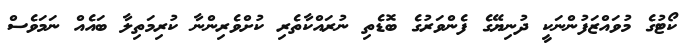
ކޯޓުގެ މުވައްޒަފުންނަކީ ދުނިޔޭގެ ފެންވަރުގެ ބޮޑެތި ނުރައްކާތެރި ކުށްވެރިންނާ ކުރިމަތިލާ ބައެއް ނަމަވެސް